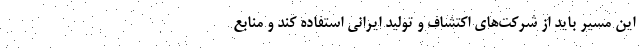
این مسیر باید از شرکت‌های اکتشاف و تولید ایرانی استفاده کند و منابع